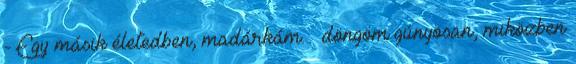
- Egy másik életedben, madárkám. – döngöm gúnyosan, miközben